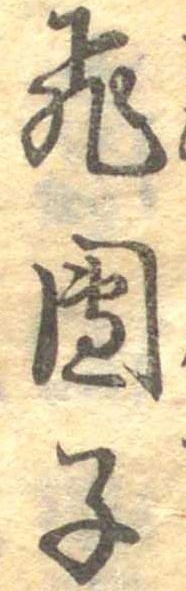
飛団子